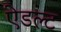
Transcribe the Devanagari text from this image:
ऐडल्ट